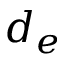
d _ { e }